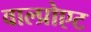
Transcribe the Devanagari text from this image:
वाल्प्रोएट